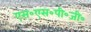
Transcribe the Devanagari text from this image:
एस॰एस॰पी॰जी॰